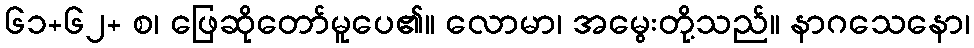
၆၁+၆၂+ စ၊ ဖြေဆိုတော်မူပေ၏။ လောမာ၊ အမွေးတို့သည်။ နာဂသေနော၊